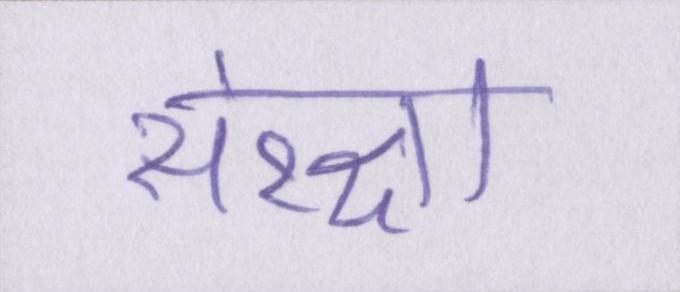
संरक्षा